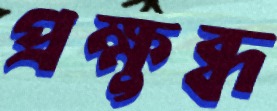
প্রক্ষুব্ধ